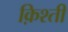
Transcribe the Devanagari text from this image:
क़िश्ती